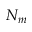
N _ { m }